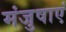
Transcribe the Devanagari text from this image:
मंजुषाएं